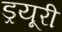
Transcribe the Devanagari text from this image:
ड्रयूरी